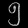
Digit: ၅